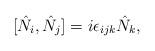
LaTeX: \begin{align*}[\hat{N}_{i},\hat{N}_{j}]=i\epsilon_{ijk}\hat{N}_{k},\end{align*}